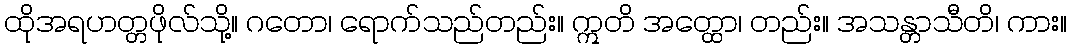
ထိုအရဟတ္တဖိုလ်သို့။ ဂတော၊ ရောက်သည်တည်း။ ဣတိ အတ္ထော၊ တည်း။ အသန္တာသီတိ၊ ကား။